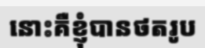
នោះគឺខ្ញុំបានថតរូប